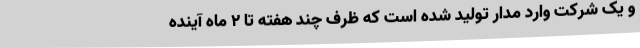
و یک شرکت وارد مدار تولید شده است که ظرف چند هفته تا ۲ ماه آینده